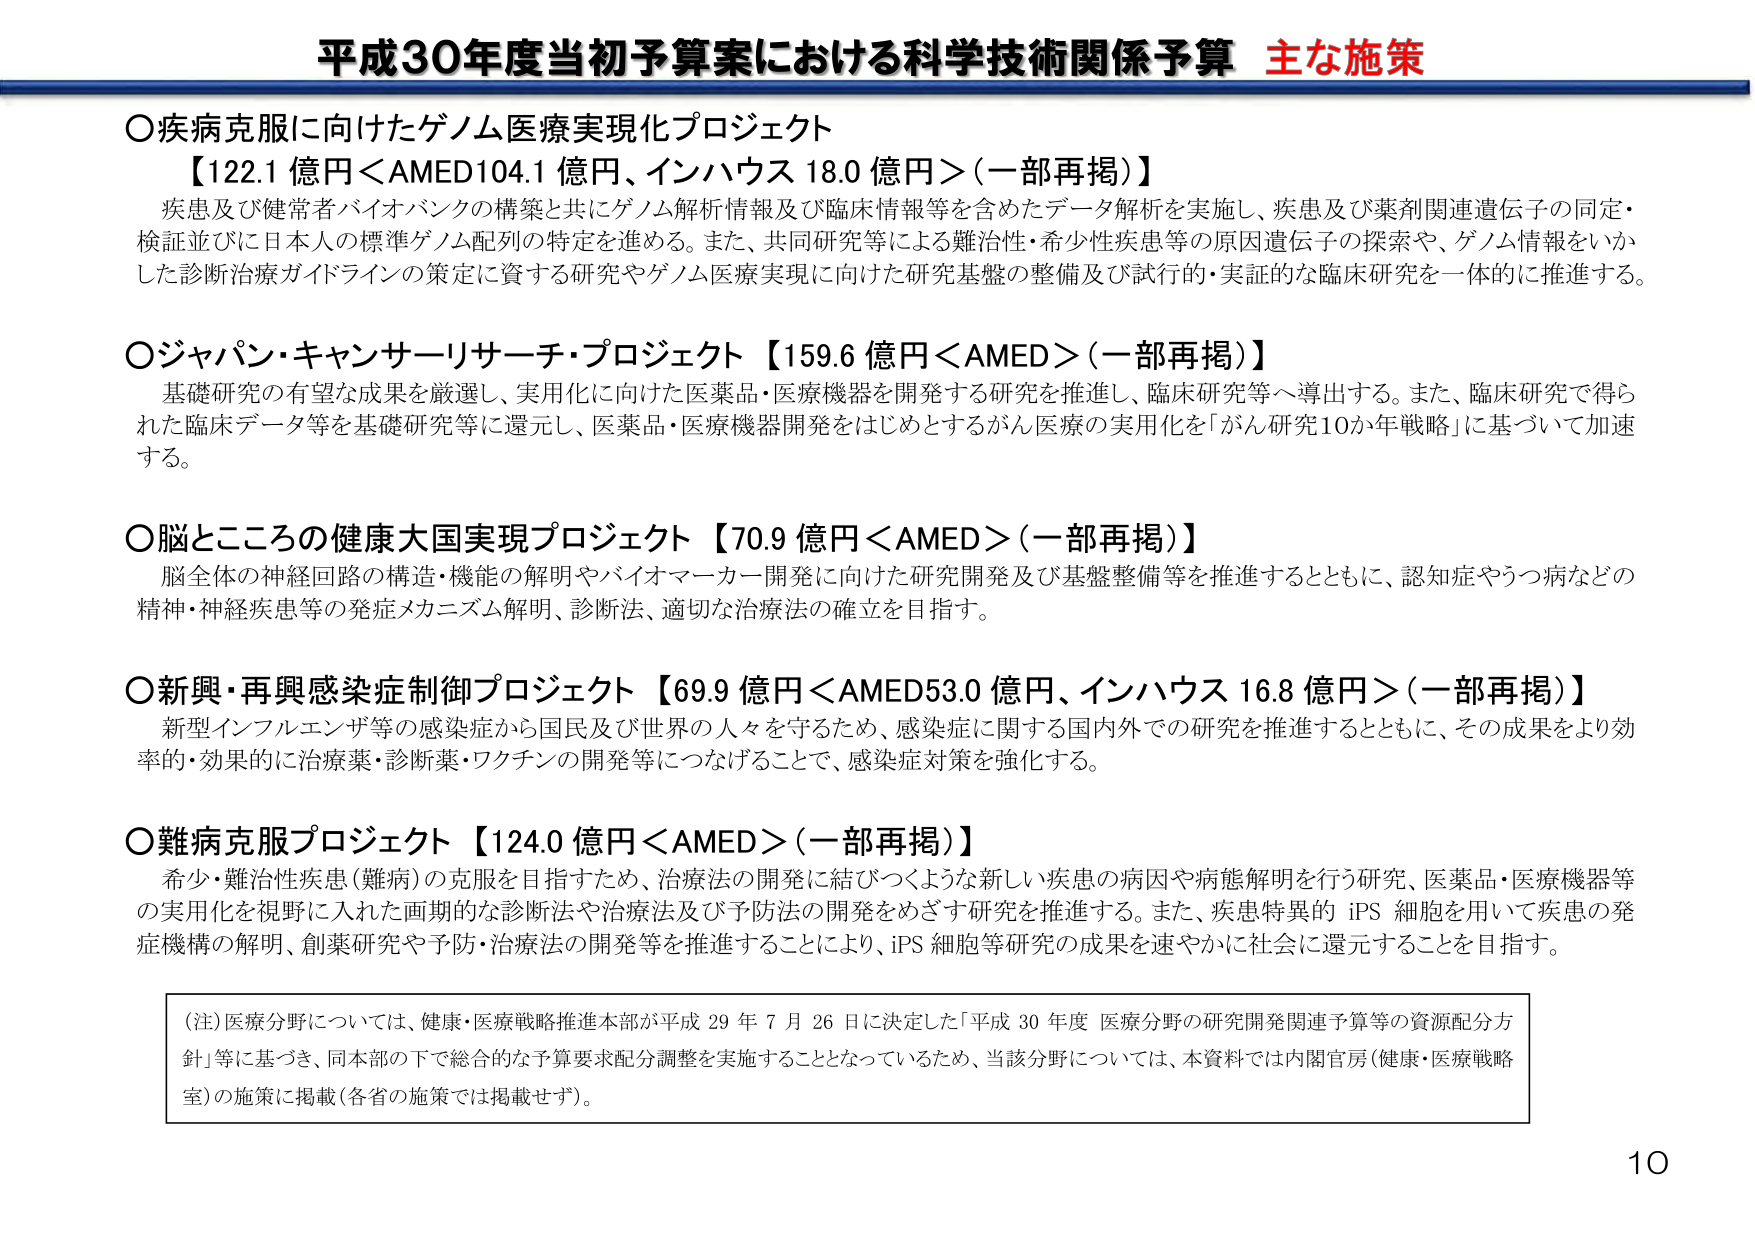
平成30年度当初予算案における科学技術関係予算 主な施策

○疾病克服に向けたゲノム医療実現化プロジェクト
【122.1 億円＜AMED104.1 億円、インハウス 18.0 億円＞(一部再掲)】
疾患及び健常者バイオバンクの構築と共にゲノム解析情報及び臨床情報等を含めたデータ解析を実施し、疾患及び薬剤関連遺伝子の同定・検証並びに日本人の標準ゲノム配列の特定を進める。また、共同研究等による難治性・希少性疾患等の原因遺伝子の探索や、ゲノム情報をいかした診断治療ガイドラインの策定に資する研究やゲノム医療実現に向けた研究基盤の整備及び試行的・実証的な臨床研究を一体的に推進する。

○ジャパン・キャンサーリサーチ・プロジェクト【159.6 億円＜AMED＞(一部再掲)】
基礎研究の有望な成果を厳選し、実用化に向けた医薬品・医療機器を開発する研究を推進し、臨床研究等へ導出する。また、臨床研究で得られた臨床データ等を基礎研究等に還元し、医薬品・医療機器開発をはじめとするがん医療の実用化を「がん研究10か年戦略」に基づいて加速する。

○脳とこころの健康大国実現プロジェクト【70.9 億円＜AMED＞(一部再掲)】
脳全体の神経回路の構造・機能の解明やバイオマーカー開発に向けた研究開発及び基盤整備等を推進するとともに、認知症やうつ病などの精神・神経疾患等の発症メカニズム解明、診断法、適切な治療法の確立を目指す。

○新興・再興感染症制御プロジェクト【69.9 億円＜AMED53.0 億円、インハウス 16.8 億円＞(一部再掲)】
新型インフルエンザ等の感染症から国民及び世界の人々を守るため、感染症に関する国内外での研究を推進するとともに、その成果をより効率的・効果的に治療薬・診断薬・ワクチンの開発等につなげることで、感染症対策を強化する。

○難病克服プロジェクト【124.0 億円＜AMED＞(一部再掲)】
希少・難治性疾患(難病)の克服を目指すため、治療法の開発に結びつくような新しい疾患の病因や病態解明を行う研究、医薬品・医療機器等の実用化を視野に入れた画期的な診断法や治療法及び予防法の開発をめざす研究を推進する。また、疾患特異的 iPS 細胞を用いて疾患の発症機構の解明、創薬研究や予防・治療法の開発等を推進することにより、iPS 細胞等研究の成果を速やかに社会に還元することを目指す。

(注)医療分野については、健康・医療戦略推進本部が平成 29 年 7 月 26 日に決定した「平成 30 年度 医療分野の研究開発関連予算等の資源配分方針」等に基づき、同本部の下で総合的な予算要求配分調整を実施することとなっているため、当該分野については、本資料では内閣官房(健康・医療戦略室)の施策に掲載(各省の施策では掲載せず)。

10